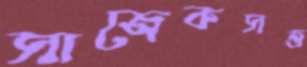
সাজেকসত্ত